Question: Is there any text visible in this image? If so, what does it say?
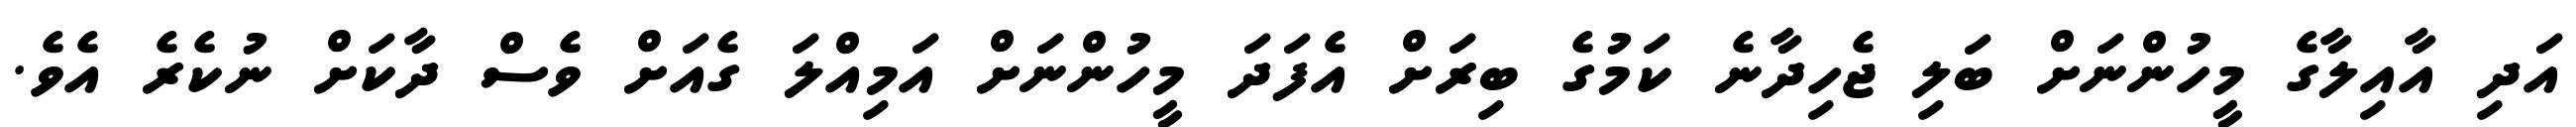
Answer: އަދި އާއިލާގެ މީހުންނަށް ބަލި ޖެހިދާނެ ކަމުގެ ބިރަށް އެފަދަ މީހުންނަށް އަމިއްލަ ގެއަށް ވެސް ދާކަށް ނުކެރެ އެވެ.